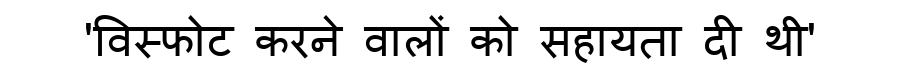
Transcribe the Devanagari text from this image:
'विस्फोट करने वालों को सहायता दी थी'